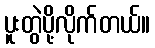
ပူးတွဲပို့လိုက်တယ်။